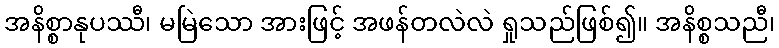
အနိစ္စာနုပဿီ၊ မမြဲသော အားဖြင့် အဖန်တလဲလဲ ရှုသည်ဖြစ်၍။ အနိစ္စသညီ၊